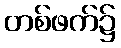
တစ်ဖက်၌